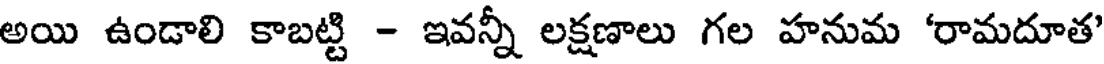
అయి ఉండాలి కాబట్టి - ఇవన్నీ లక్షణాలు గల హనుమ 'రామదూత